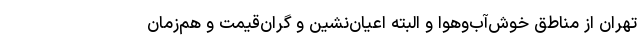
تهران از مناطق خوش‌آب‌وهوا و البته اعیان‌نشین و گران‌قیمت و هم‌زمان